Annual report on the working of the mental hospitals in the Madras Presidency - 1912-1932
Year: 1912
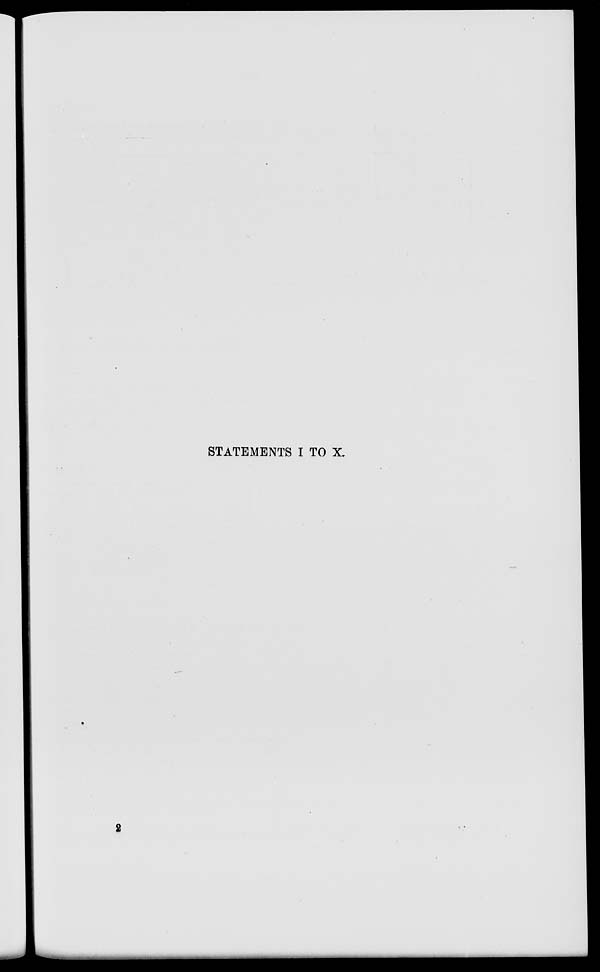
STATEMENTS I TO X.
2